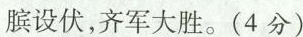
膑设伏，齐军大胜。(4分)